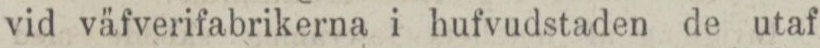
vid väfverifabrikerna i hufvudstaden de utaf